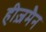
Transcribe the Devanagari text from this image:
हीज़मैन